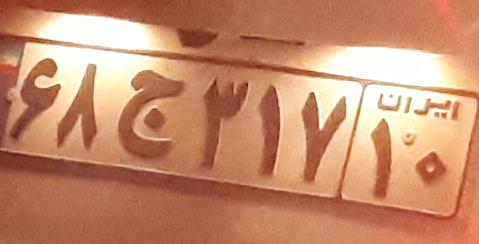
۶۸ج۳۱۷۱۰